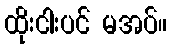
ထိုးငါးပင် မအပ်။